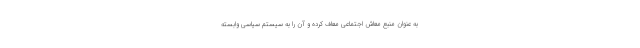
به عنوان منبع معاش اجتماعی معاف کرده و آن را به سیستم سیاسی وابسته